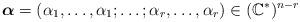
LaTeX: \begin{align*}\boldsymbol{\alpha}=(\alpha_1,\dots, \alpha_1;\dots ;\alpha_r,\dots, \alpha_r)\in (\mathbb C^*)^{n-r}\end{align*}